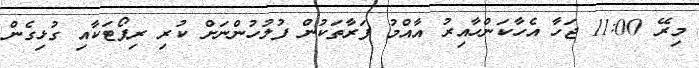
މިރޭ 11:00 ޖަހާ އެހާކަންހާއިރު އާއްމު ފަރާތަކުން ފުލުހުންނަށް ކުރި ރިޕޯޓަކާއި ގުޅިގެން